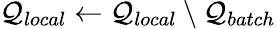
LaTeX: \mathcal{Q}_{local}\leftarrow\mathcal{Q}_{local}\setminus\mathcal{Q}_{batch}